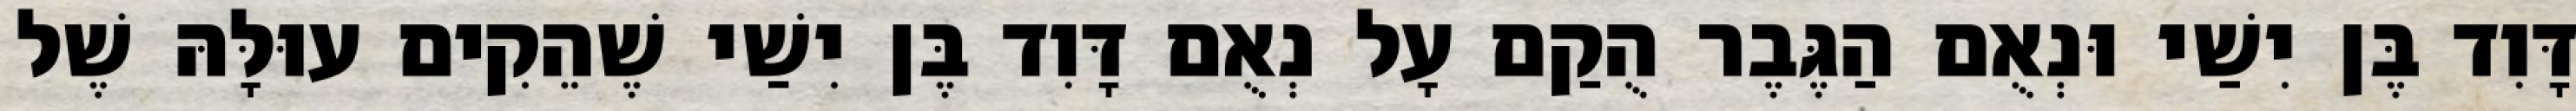
דָּוִד בֶּן יִשַׁי וּנְאֻם הַגֶּבֶר הֻקַם עָל נְאֻם דָּוִד בֶּן יִשַׁי שֶׁהֵקִים עוּלָּהּ שֶׁל